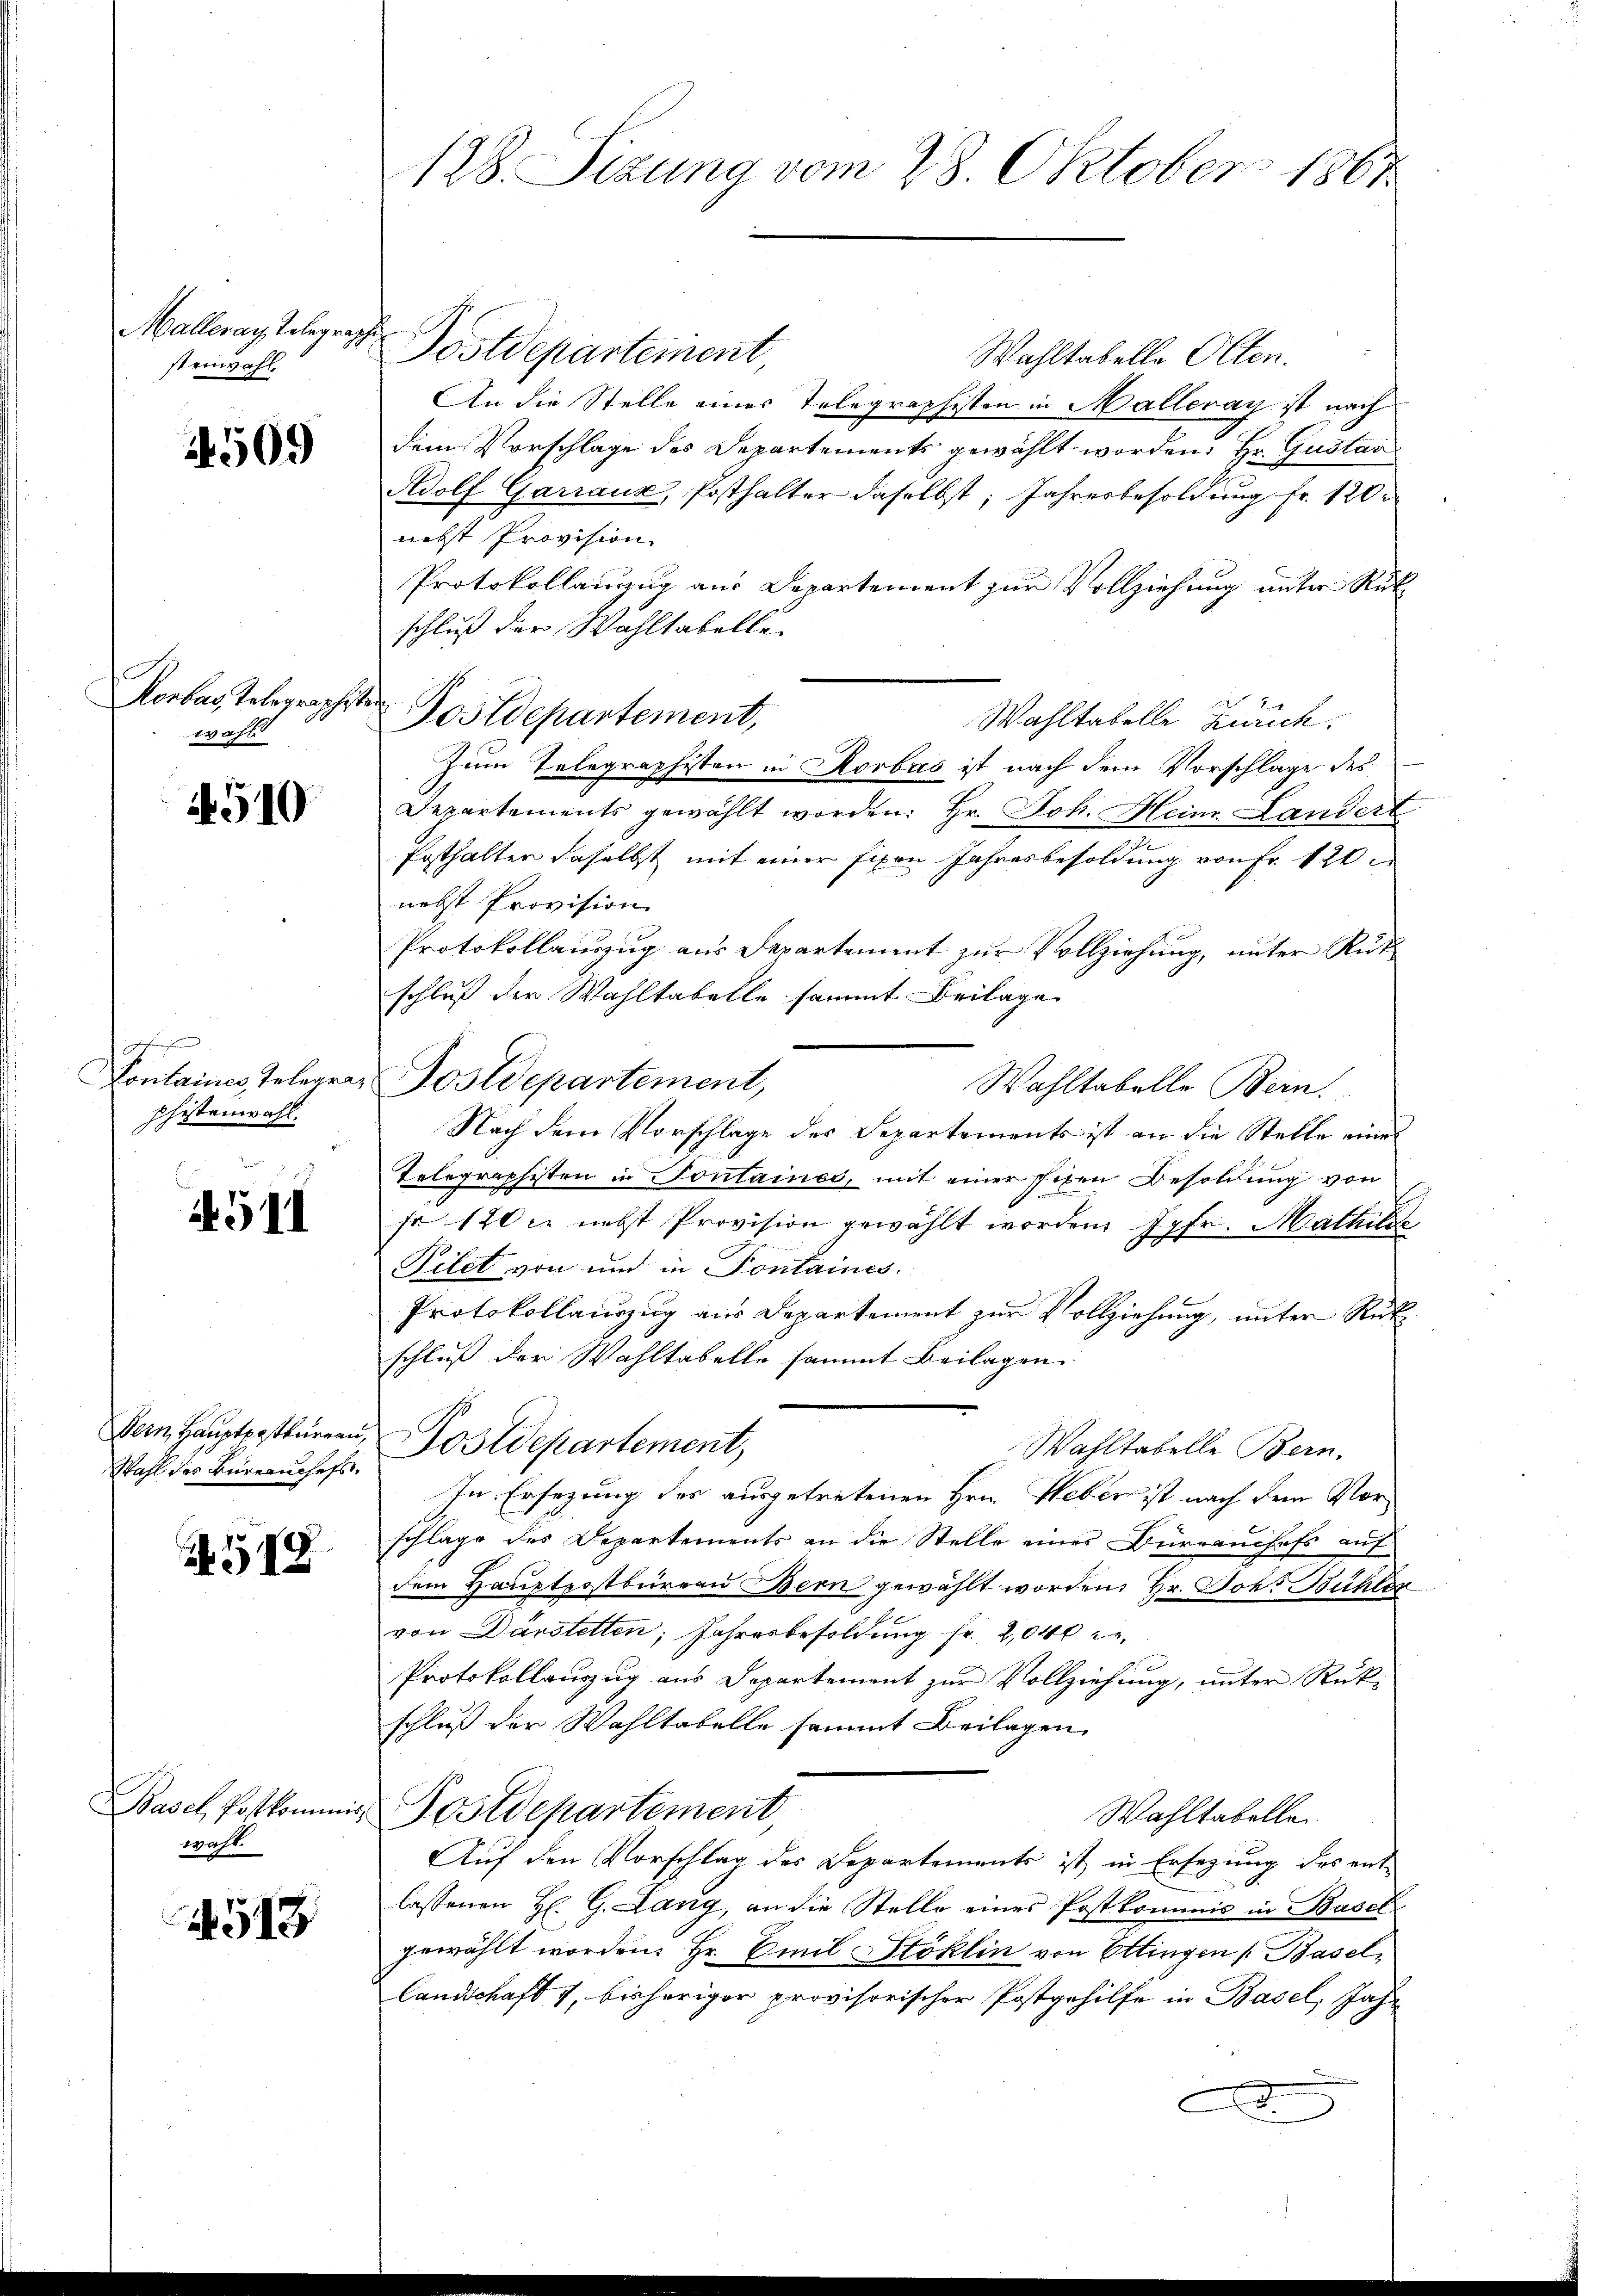
Malleray Telegrap
steinwahl

4509

Rorbas, Telegraphist.
wahl

4510

hefen
Kontaines Telegraphistenwahl.

4511

Dein Hauptpostkureau,
Wahl des Büreauchefs,

378.

Basel, Postkommis
wahl.

4518

128. Sizung vom 28. Oktober 1864

s

Postdepartement,

Postdepartement
Wahltabelle Olten.
An die Stelle eines Telegraphisten in Halleray ist nach
dem Vorschlage des Departements gewählt worden. Hr. Gustan
Adolf Garraux, Posthalter daselbst, Jahresbesoldung fr. 120
nebst Provision
Protokollanzug aus Departement zur Vollziehung unter Rük
schluß der Wahltabelle
Wahltabelle Zürich.
Zum Telegraphisten in Rorbas ist nach dem Vorschlage des
Departements gewählt worden. Hr. Joh. Heim. Landert
Posthalten daselbst mit einer fixen Jahresbesoldung von Fr. 120.
nebst Provision
Protokollauszug aus Departement zur Vollziehung, unter Rük
schluß der Wahltabelle sammt Beilage
Postdepartement,
Wahltabelle Bern.
Nach dem Vorschlage des Departements ist an die Stelle eines
Telegraphisten in Sontaines, mit einer fixen Besoldung von
fr 120 ce nebst Provision gewählt worden Jgfr. Mathilis
Filet von und in Pontaines
Protokollauszug aus Departement zur Vollziehung, unter Rückschluß der Wahltabelle sammt Beilagen.
Postdepartement,
Wahltabelle Bern.
In Ersezung des ausgetretenen Hrn. Weber ist nach dem Vorschlage des Departements an die Stelle einer Büreauchefs auf
dem Haŭptpostbüreau Bern gewählt worden, Hr. Johs. Bühler
von Darstetten, Jahresbesoldung fr. 2040 de
Protokollanzug aus Departement zur Vollziehung, unter Rükschluß der Wahltabelle sammt Beilagen
Postdepartement
Wahltabelle
Auf den Vorschlag des Departements ist in Ersezung des ent-
lassenen H. G. Lang, an die Stelle eines Postkommis in Basel
gewählt worden. Hr. Emil Stoklin von Ettingen Basellandschaft 7, bisheriger provisorischer Postgehilfe in Basel, Jahr
A